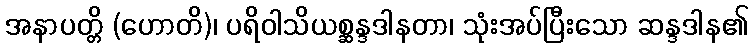
အနာပတ္တိ (ဟောတိ)၊ ပရိဝါသိယစ္ဆန္ဒဒါနတာ၊ သုံးအပ်ပြီးသော ဆန္ဒဒါန၏